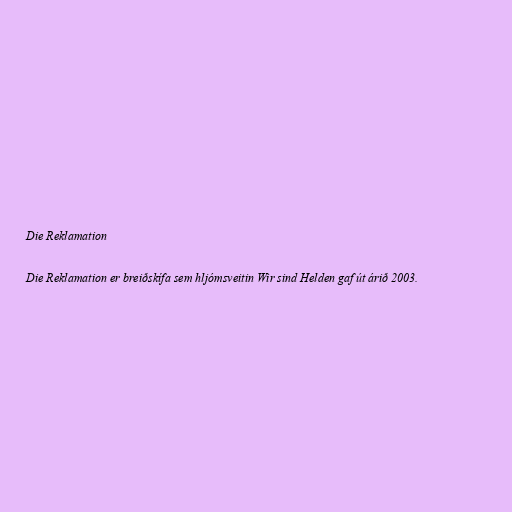
Die Reklamation

Die Reklamation er breiðskífa sem hljómsveitin Wir sind Helden gaf út árið 2003.